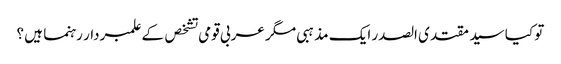
تو کیا سید مقتدی الصدر ایک مذہبی مگر عربی قومی تشخص کے علمبردار رہنما ہیں ؟